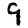
Digit: 9